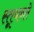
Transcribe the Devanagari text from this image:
स्तूयन्ते